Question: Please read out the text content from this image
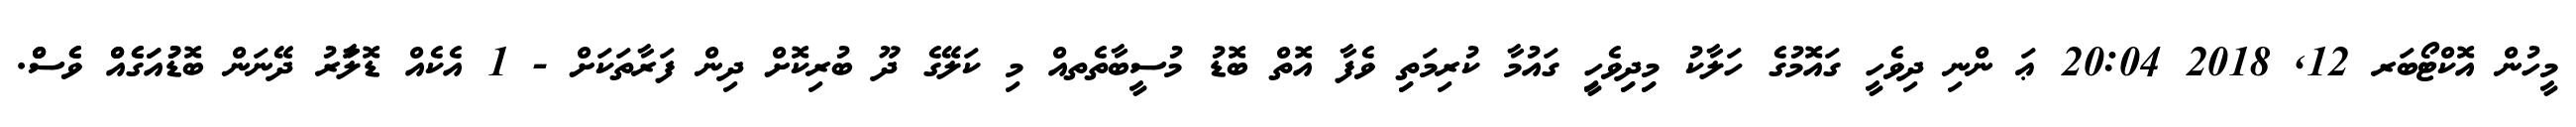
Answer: މީހުން އޮކްޓޯބަރ 12, 2018 20:04 ޢަ ންނި ދިވެހީ ގައޮމުގެ ހަލާކު މިިދިިވެހީި ގައުމާ ކުރިމަތިި ވެފާ އޮތް ބޮޑު މުސީބާތެތއް މި ކަލޭގެ ދޫ ބުރިކޮށް ދިން ފަރާތަކަށް - 1 އެކެއް ޑޮލަާރު ދޭނަން ބޮޑުުއަަގެެއްް ވެެސްް.